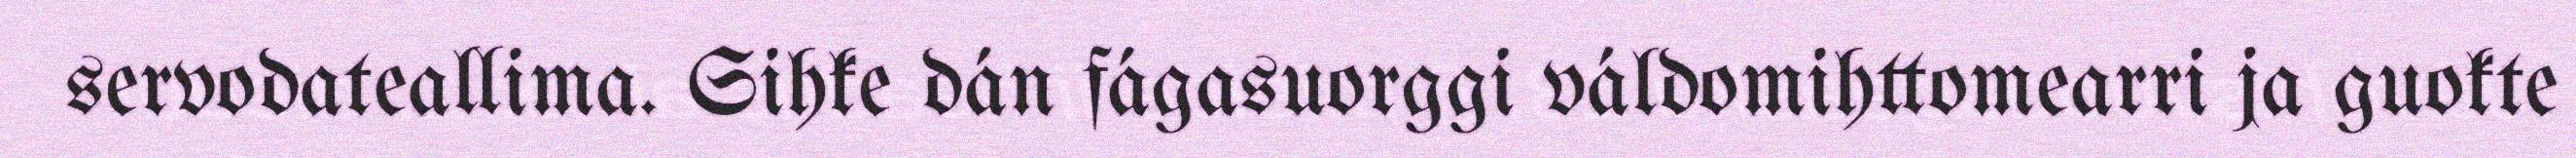
servodateallima. Sihke dán fágasuorggi váldomihttomearri ja guokte